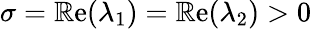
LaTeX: \sigma=\operatorname{\mathbb{R}e}(\lambda_{1})=\operatorname{\mathbb{R}e}(\lambda_{2})>0